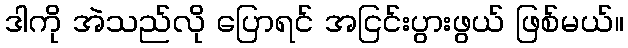
ဒါကို အဲသည်လို ပြောရင် အငြင်းပွားဖွယ် ဖြစ်မယ်။